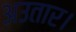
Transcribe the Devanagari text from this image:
अउतार।